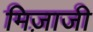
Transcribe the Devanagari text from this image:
मिज़ाजी